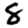
Digit: 8